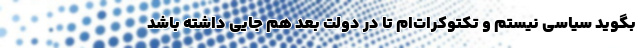
بگوید سیاسی نیستم و تکتوکرات‌ام تا در دولت بعد هم جایی داشته باشد